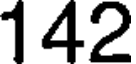
142